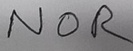
Text: NOR